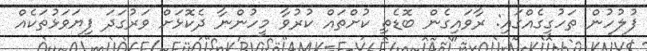
ފުލުހުން ތަހުގީގެއްގައި: ރާވައިގެން ބޮޑެތި ކުށްތައް ކުރުވާ މީހުންނާ ދެކޮޅަށް ވަރުގަދަ ފިޔަވަޅުތަކެއް